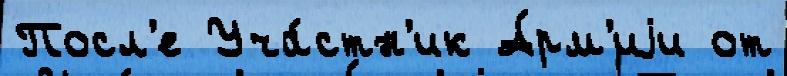
Посл'е Уча́стн'ик А́рм'иjи от